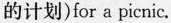
的计划)for a picnic.